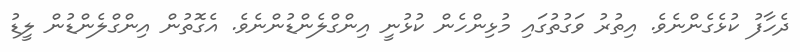
ދެހާފު ކުޅެގެންނެވެ. އިތުރު ވަގުތުގައި މުޅިންހެން ކުޅުނީ އިންގްލެންޑުންނެވެ. އެގޮތުން އިންގްލެންޑުން ލީޑު